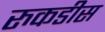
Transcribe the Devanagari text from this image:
रुकडीस